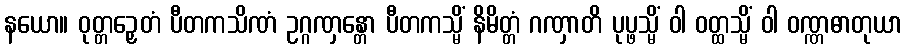
နယော။ ဝုတ္တဉှေတံ ပီတကသိဏံ ဥဂ္ဂဏှန္တော ပီတကသ္မိံ နိမိတ္တံ ဂဏှာတိ ပုပ္ဖသ္မိံ ဝါ ဝတ္ထသ္မိံ ဝါ ဝဏ္ဏဓာတုယာ